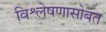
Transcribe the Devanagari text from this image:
विश्लेषणासोबत